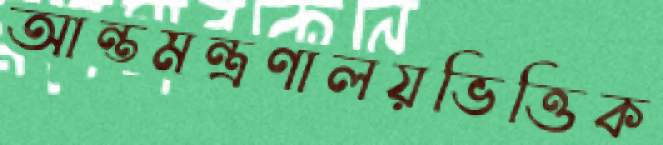
আন্তমন্ত্রণালয়ভিত্তিক